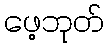
ဖေ့ဘုတ်